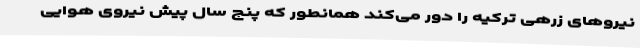
نیروهای زرهی ترکیه را دور می‌کند همانطور که پنج سال پیش نیروی هوایی